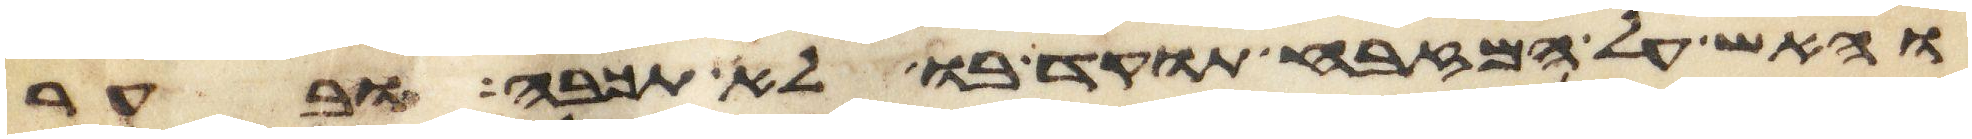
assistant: והאש על המזבח תוקד בו לא תכבה ובער